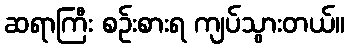
ဆရာကြီး စဉ်းစားရ ကျပ်သွားတယ်။